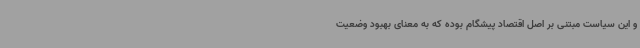
و این سیاست مبتنی بر اصل اقتصاد پیشگام بوده که به معنای بهبود وضعیت